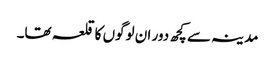
مدینہ سے کچھ دور ان لوگوں کا قلعہ تھا۔